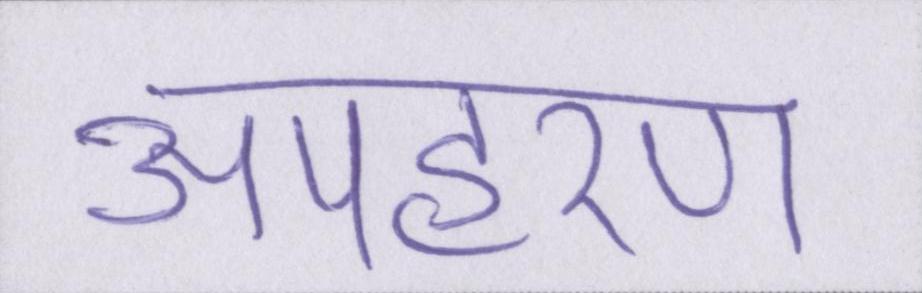
अपहरण